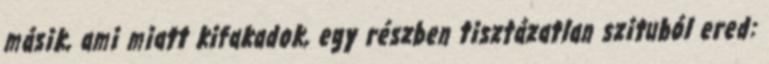
másik, ami miatt kifakadok, egy részben tisztázatlan szituból ered: